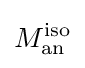
M_{\text{an}}^{\text{iso}}